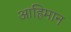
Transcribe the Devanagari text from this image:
आह्रिमान